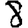
Digit: 8